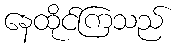
နေထိုင်ကြသည်